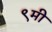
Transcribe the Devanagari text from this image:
९मी